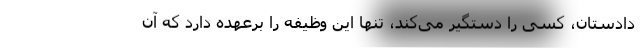
دادستان، کسی را دستگیر می‌کند، تنها این وظیفه را برعهده دارد که آن